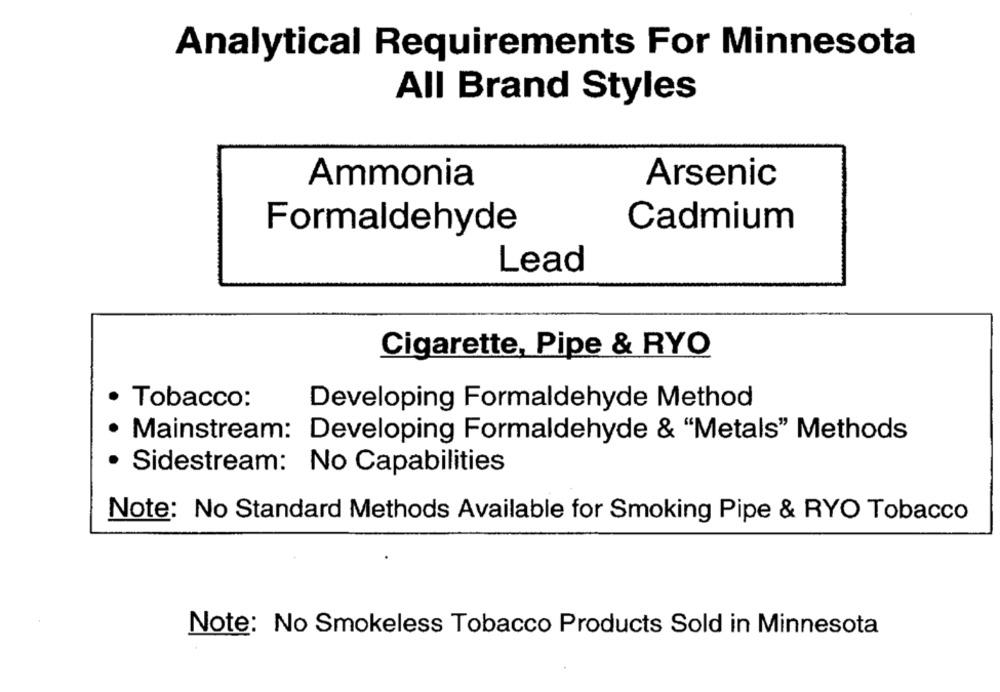
Analytical Requirements For Minnesota
All Brand Styles
Ammonia
Arsenic
Cadmium
Formaldehyde
Lead
Cigarette, Pipe & RYO
.
Tobacco:
Developing Formaldehyde Method
Mainstream: Developing Formaldehyde & "Metals" Methods
· Sidestream: No Capabilities
Note: No Standard Methods Available for Smoking Pipe & RYO Tobacco
Note: No Smokeless Tobacco Products Sold in Minnesota